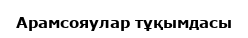
Арамсояулар тұқымдасы